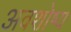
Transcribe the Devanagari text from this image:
अवशोष्य